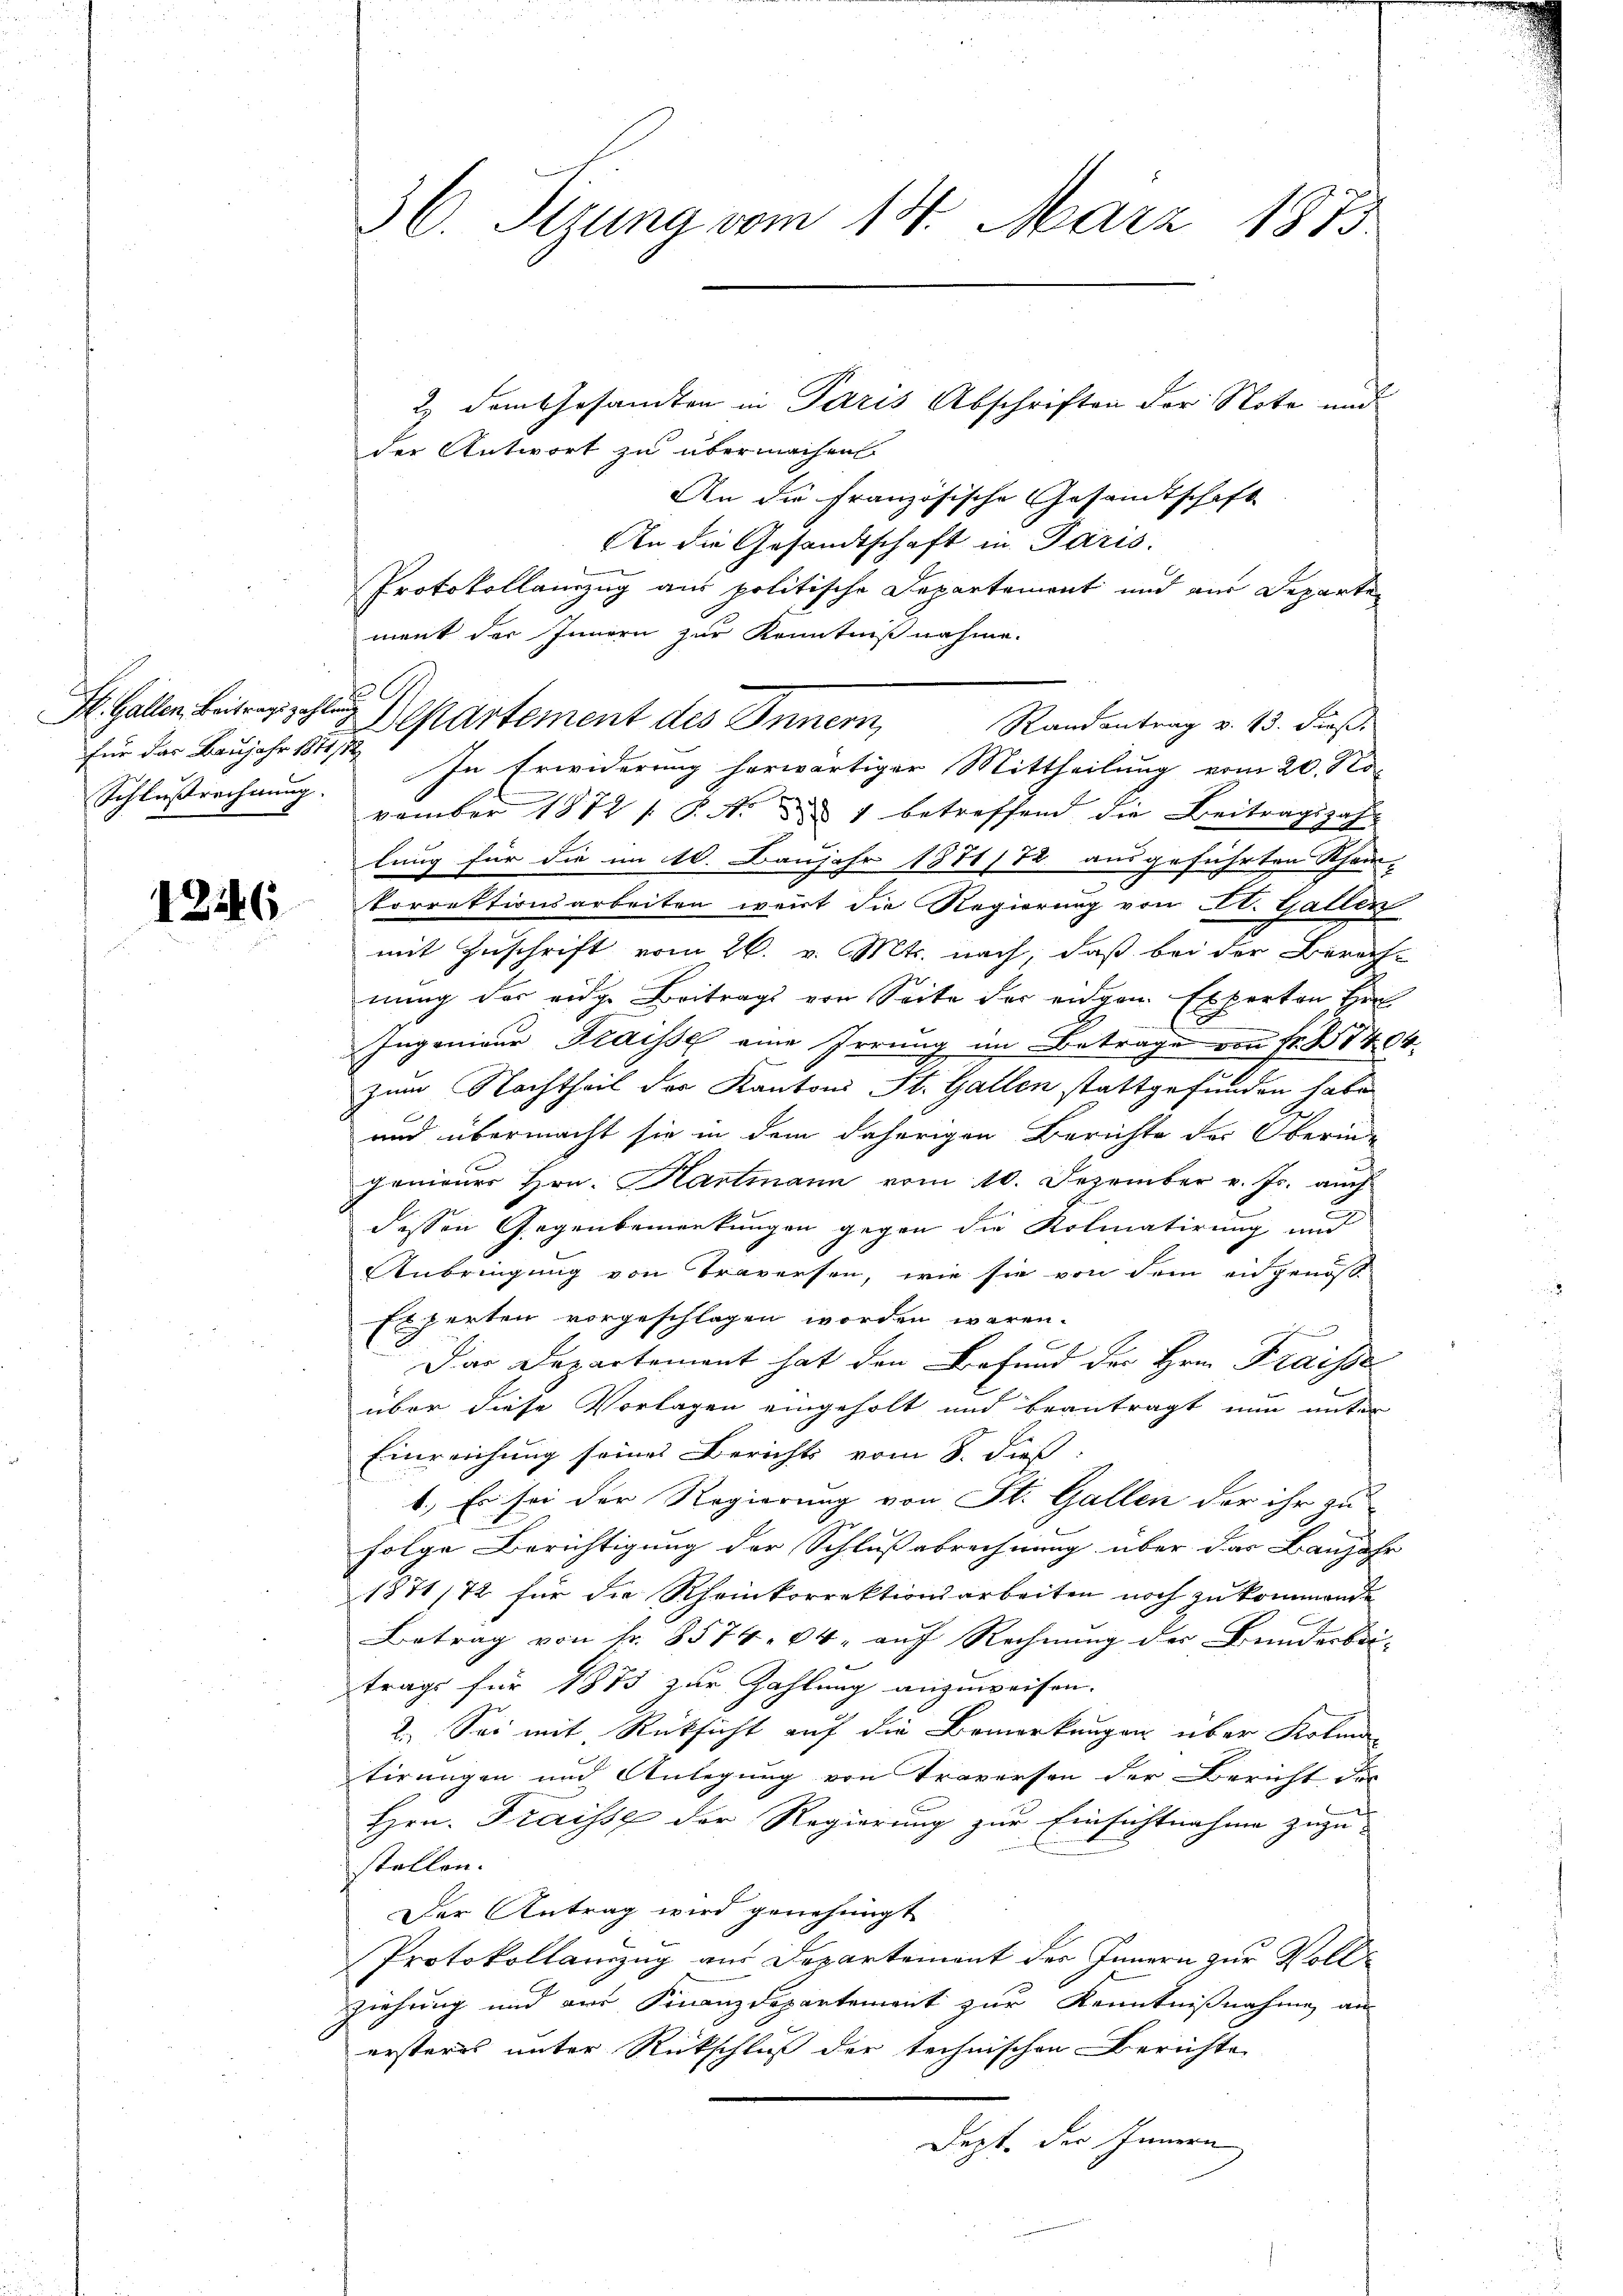
für das Baujahr 1871 189
Schlußrechnung.

12146

der Antwort zu übermachen.
An die Französische Gesandtschaft
An die Gesandtschaft in Paris.
Protokollanzug aus politische Departement und aus Departen
ment der Innern zur Kenntnißnahme.
In Erwiderung herwärtiger Mittheilung vom 20. No-
vember 1872 /: P. Nr. 1 betreffend die Beitragszah-
lung für die im 10. Baujahr 1871/72 ausgeführten Rhein-
Porrektionsarbeiten weit die Regierung von St. Gallen
mit Zuschrift vom 26. v. Mts. nach, daß bei der Berach-
nung der eidge Beitrags von Seite der eigen Experten Her
Ingenieur Fraisse eine Irrung im Betrage von Fr. 1404.
zum Nachtheil der Kantons St. Gallen stattgefunden habe
und übermacht sie in dem daherigen Berichte der Oberin-
genieurs Hrn. Hartmann vom 10. Dezember v. Js. aŭch
dessen Gegenbemerkungen gegen die Kolmatirung und
Anbringung von Traversen, wie sie von dem ausgenöß¬
Experten vorgeschlagen worden wären.
f
Das Departement hat den Befund der Hrn. Fraisse
über diese Vorlagen eingeholt und beantragt nun unter
Einreichung seines Berichts vom 8. dieß
1.) Es sei der Regierung von St. Gallen der ihr zu
folge Berichtigung der Schlussabrechnung über das Banjahr
1871/72 für die Rheinkorrektionsarbeiten noch zu kommende
Betrag von fr. 8574. 64, auf Rechnung der Bunderbei-
trags für 1873 zur Zahlung anzuweisen.
2. Sei mit Rücksicht auf die Bemerkungen über Kolmna-
tirungen und Anlegung von Traverson der Bericht der
Hrn. Fraisse der Regierung zur Einsichtnahme zuzu-
stellen.
Der Antrag wird genehmigt
Protokollamzug aus Departement des Innern zur Vollziehung und der Finanzdepartement zur Kenntnißnahme an
ersteres unter Rückschluß der technischen Berichte
Dept. der Innern

36. Perung vom 14. März 1873.

St. Gallen. Beitre partement des Innern,

2) dem Gesandten in Paris Abschriften der Note und

Randantrag v. 13. dieß.